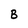
Character: B